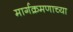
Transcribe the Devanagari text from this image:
मार्गक्रमणाच्या